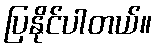
ပြနိုင်ပါတယ်။